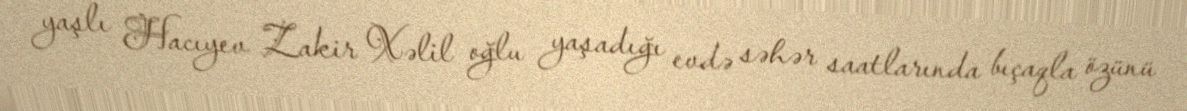
yaşlı Hacıyev Zakir Xəlil oğlu yaşadığı evdə səhər saatlarında bıçaqla özünü